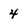
Character: 4